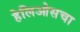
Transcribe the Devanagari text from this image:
हेलिओसचा